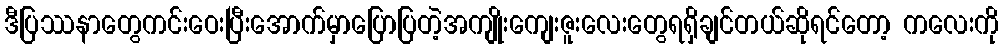
ဒီပြဿနာတွေကင်းဝေးပြီးအောက်မှာပြောပြတဲ့အကျိုးကျေးဇူးလေးတွေရရှိချင်တယ်ဆိုရင်တော့ ကလေးကို